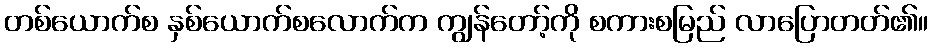
တစ်ယောက်စ နှစ်ယောက်စလောက်က ကျွန်တော့်ကို စကားစမြည် လာပြောတတ်၏။